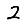
Digit: 2